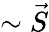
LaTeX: \sim\vec{S}